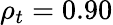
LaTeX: \rho_{t}=0.90